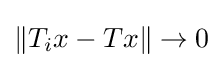
\|T_{i}x-Tx\|\to 0